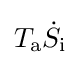
T_{\text{a}}{\dot {S}}_{\text{i}}